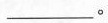
___。